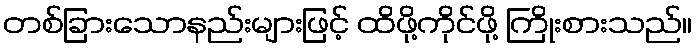
တစ်ခြားသောနည်းများဖြင့် ထိဖို့ကိုင်ဖို့ ကြိုးစားသည်။